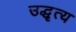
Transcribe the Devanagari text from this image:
उद्धृत्य